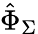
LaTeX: \hat{\Phi}_{\Sigma}